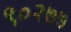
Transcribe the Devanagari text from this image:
९०२७७